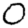
Digit: 0